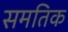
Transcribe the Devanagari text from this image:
समतिक